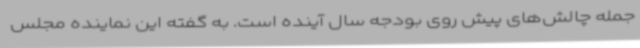
جمله چالش‌های پیش روی بودجه سال آینده است. به گفته این نماینده مجلس